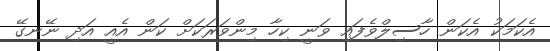
އެކަމަކު އެކަން ހާސިލްވެފައި ވަނީ ކިހާ މިންވަރަކަށް ކަން އެއީ އަދި ނޭނގޭ